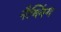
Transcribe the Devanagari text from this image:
नैग्लिंग